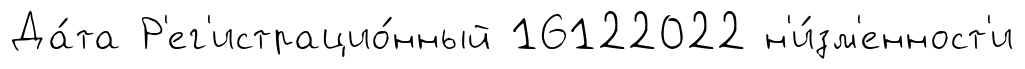
Да́та Р'ег'истрацио́нный 16122022 н'и́зм'енност'и